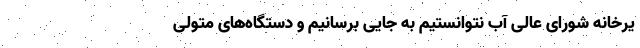
یرخانه شورای عالی آب نتوانستیم به جایی برسانیم و دستگاه‌های متولی